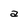
Character: a